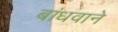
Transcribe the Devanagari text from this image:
बांधवाने